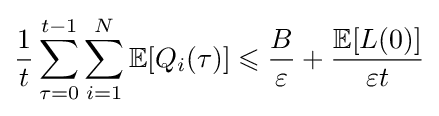
{\frac {1}{t}}\sum _{\tau =0}^{t-1}\sum _{i=1}^{N}\mathbb {E} [Q_{i}(\tau )]\leqslant {\frac {B}{\varepsilon }}+{\frac {\mathbb {E} [L(0)]}{\varepsilon t}}